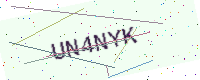
Text: UN4NYK